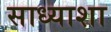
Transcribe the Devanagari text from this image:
साध्याशा